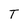
Character: T